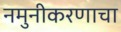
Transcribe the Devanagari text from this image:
नमुनीकरणाचा